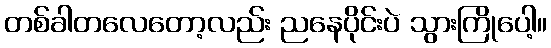
တစ်ခါတလေတော့လည်း ညနေပိုင်းပဲ သွားကြိုပေါ့။